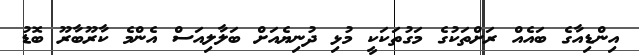
އިންޑިއާގެ ބައެއް ރަށްތަކުގެ މަގުތަކަކީ މުޅި ދުނިޔެއަށް ބަލާލިއަސް އެންމެ ކާރޫބާރޫ ބޮޑު